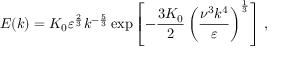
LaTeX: E ( k ) = K _ { 0 } \varepsilon ^ { \frac { 2 } { 3 } } k ^ { - { \frac { 5 } { 3 } } } \exp \left[ - { \frac { 3 K _ { 0 } } { 2 } } \left( { \frac { \nu ^ { 3 } k ^ { 4 } } { \varepsilon } } \right) ^ { \frac { 1 } { 3 } } \right] \, ,